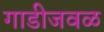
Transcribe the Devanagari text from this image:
गाडीजवळ